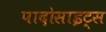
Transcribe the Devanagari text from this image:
पादोसाइट्स